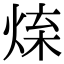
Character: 𤉬